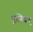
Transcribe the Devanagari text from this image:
पूजितम्